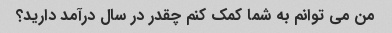
من می توانم به شما کمک کنم چقدر در سال درآمد دارید؟